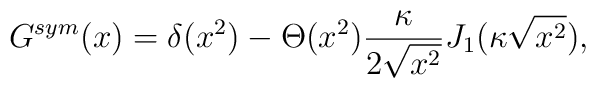
G^{sym}(x)=\delta (x^2)-\Theta (x^2)\frac {\kappa}{2\sqrt{x^2}}J_1(\kappa \sqrt{x^2}) ,